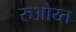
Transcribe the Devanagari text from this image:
रुओय्त